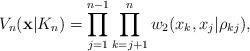
LaTeX: \begin{align*}V_{n}(\mathbf{x|}K_{n})=\prod_{j=1}^{n-1}\prod_{k=j+1}^{n}w_{2}(x_{k},x_{j}|\rho_{kj}), \end{align*}